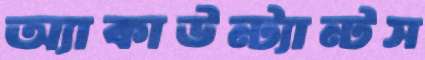
অ্যাকাউন্ট্যান্টস